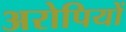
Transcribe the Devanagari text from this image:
अरोपियों